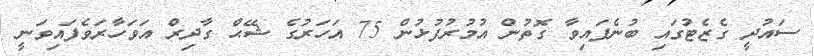
ސައުދީ ގެޒެޓުގައި ބުނެފައިވާ ގޮތުން އުމުރުފުޅުން 75 އަހަރުގެ ޝޭޙް ގާދިރް އަވަހާރަވެފައިވަނީ